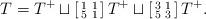
LaTeX: \begin{align*}T=T^{+}\sqcup \left[\begin{smallmatrix} 1 & 1 \\ 5 & 1 \end{smallmatrix}\right]T^{+}\sqcup \left[\begin{smallmatrix} 3 & 1 \\ 5 & 3 \end{smallmatrix}\right] T^{+}. \end{align*}